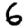
Digit: 6